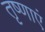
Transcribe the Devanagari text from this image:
तृष्णाएं